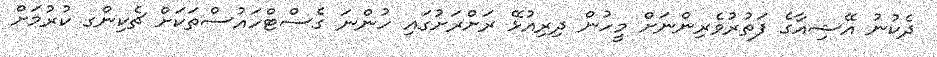
ދެކުނު އޭޝިއާގެ ފަތުރުވެރިންނަށް މީހުން ދިރިއުޅޭ ރަށްރަށުގައި ހުންނަ ގެސްޓްހައުސްތަކަށް ޗެކިންގ ކުރުމަށް